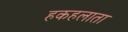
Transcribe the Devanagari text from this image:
हकहलाता